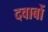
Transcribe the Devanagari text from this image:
दवाबों